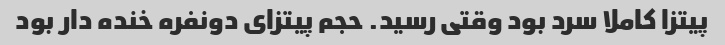
پیتزا کاملا سرد بود وقتی رسید. حجم پیتزای دونفره خنده دار بود